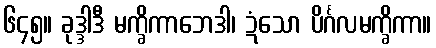
၆၄၅။ ခုဒ္ဒါဒီ မက္ခိကာဘေဒါ၊ ဍံသော ပိင်္ဂလမက္ခိကာ။